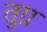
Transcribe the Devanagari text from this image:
तुग्र